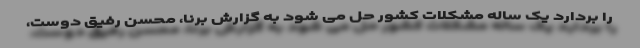
را بردارد یک ساله مشکلات کشور حل می شود به گزارش برنا، محسن رفیق دوست،